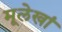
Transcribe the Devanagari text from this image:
मूलेखां